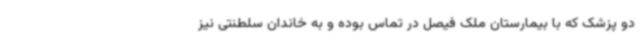
دو پزشک که با بیمارستان ملک فیصل در تماس بوده و به خاندان سلطنتی نیز